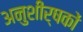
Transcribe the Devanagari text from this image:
अनुशीर्षकों